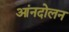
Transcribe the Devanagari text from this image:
आंनदोलन